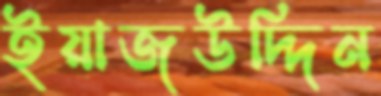
ইয়াজউদ্দিন